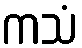
ကသံ